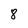
Character: 8